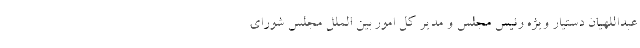
عبداللهیان دستیار ویژه رئیس مجلس و مدیر کل امور بین الملل مجلس شورای